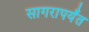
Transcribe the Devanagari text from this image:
सागरापर्यंत